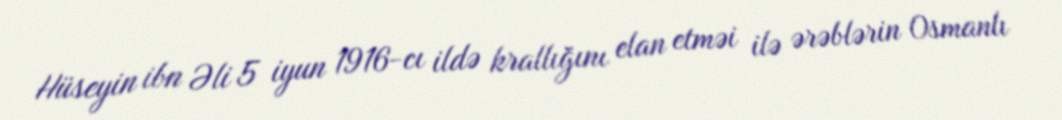
Hüseyin ibn Əli 5 iyun 1916-cı ildə krallığını elan etməi ilə ərəblərin Osmanlı